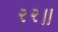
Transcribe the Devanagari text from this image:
२२॥